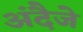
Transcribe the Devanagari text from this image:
अंदैजे